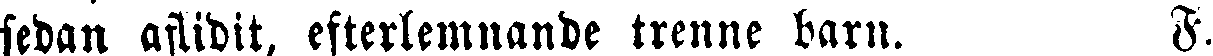
sedan aflidit, efterlemnande trenne barn. F.